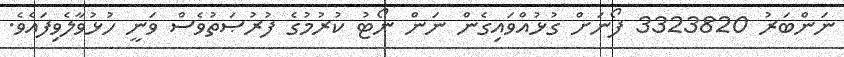
ނަންބަރު 3323820 ފޯނަށް ގުޅުއްވައިގެން ނަން ނޯޓު ކުރުމުގެ ފުރުޞަތުވެސް ވަނީ ހުޅުވާލެވިފައެވެ.